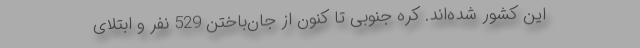
این کشور شده‌اند. کره جنوبی تا کنون از جان‌باختن 529 نفر و ابتلای